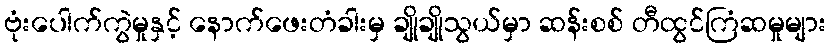
ဗုံးပေါက်ကွဲမှုနှင့် နောက်ဖေးတံခါးမှ ချိုချိုသွယ်မှာ ဆန်းစစ် တီထွင်ကြံဆမှုများ